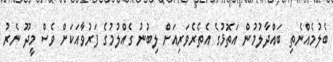
ބެލުމެއްނެތި ބައްދާލުމުން އަތޮޅުގެ އެތެރެވަރިއަށް ލިބުނު ގެއްލުމުގެ ފަރުވާއަކަށް ވެސް މީދޫ ނެރު